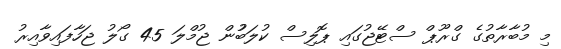
މި މުބާރާތުގެ ގްރޫޕް ސްޓޭޖުގައި ޕޮލިސް ކުލަބުުުން ޖުމްލަ 45 ގޯލު ޖަހާފައިވާއިރު